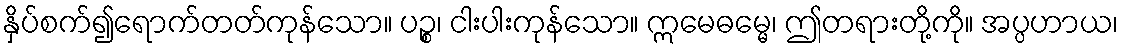
နှိပ်စက်၍ရောက်တတ်ကုန်သော။ ပဉ္စ၊ ငါးပါးကုန်သော။ ဣမေဓမ္မေ၊ ဤတရားတို့ကို။ အပ္ပဟာယ၊